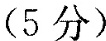
(5分)